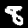
Label: 8